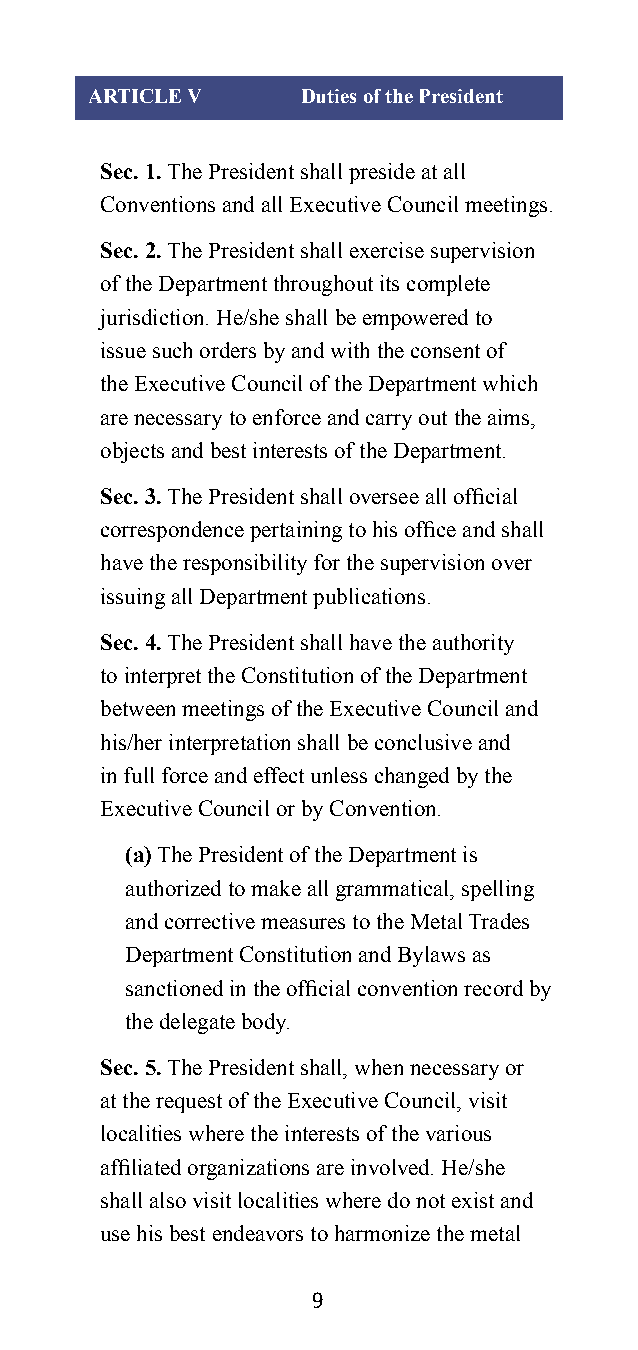
ARTICLE V     Duties of the President
 Sec. 1. The President shall preside at all
 Conventions and all Executive Council meetings.
 Sec. 2. The President shall exercise supervision
 of the Department throughout its complete
 jurisdiction. He/she shall be empowered to
 issue such orders by and with the consent of
 the Executive Council of the Department which
 are necessary to enforce and carry out the aims,
 objects and best interests of the Department.
 Sec. 3. The President shall oversee all official
 correspondence pertaining to his office and shall
 have the responsibility for the supervision over
 issuing all Department publications.
 Sec. 4. The President shall have the authority
 to interpret the Constitution of the Department
 between meetings of the Executive Council and
 his/her interpretation shall be conclusive and
 in full force and effect unless changed by the
 Executive Council or by Convention.
 (a) The President of the Department is
 authorized to make all grammatical, spelling
 and corrective measures to the Metal Trades
 Department Constitution and Bylaws as
 sanctioned in the official convention record by
 the delegate body.
 Sec. 5. The President shall, when necessary or
 at the request of the Executive Council, visit
 localities where the interests of the various
 affiliated organizations are involved. He/she
 shall also visit localities where do not exist and
 use his best endeavors to harmonize the metal
 9